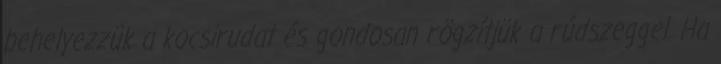
behelyezzük a kocsirudat és gondosan rögzítjük a rúdszeggel. Ha